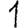
Digit: 1